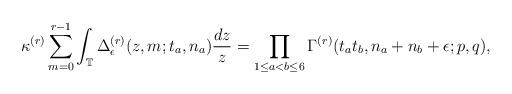
LaTeX: \begin{align*} \kappa^{(r)}\sum_{m=0}^{r-1}\int_{\mathbb{T}}\Delta_\epsilon^{(r)}(z,m;t_a,n_a)\frac{dz}{z}= \prod_{1 \leq a < b \leq 6} \Gamma^{(r)}(t_a t_b,n_a+n_b+\epsilon;p,q),\end{align*}